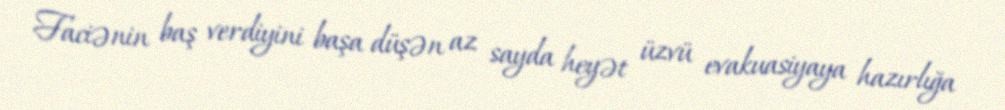
Faciənin baş verdiyini başa düşən az sayda heyət üzvü evakuasiyaya hazırlığa